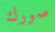
صورك